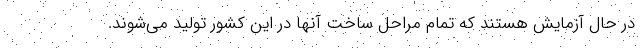
در حال آزمایش هستند که تمام مراحل ساخت آنها در این کشور تولید می‌شوند.